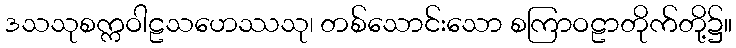
ဒသသုစက္ကဝါဠသဟေဿသု၊ တစ်သောင်းသော စကြာဝဠာတိုက်တို့၌။